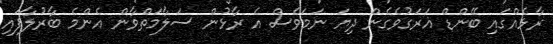
ރާޅެއްގައި ބޭންޑް ޣަރަގުވެގެން ދިޔަ ނަމަވެސް އެ ރާޅުން ސަލާމަތްވާން އެންމެ ބާރުލާފައި